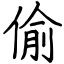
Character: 偷